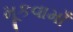
મૂકવામાઁ